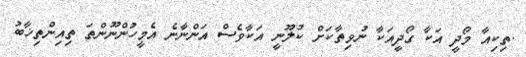
.ތިކިއާ މޯދީ އަކާ ގޯދީއަކާ ނުވިތާކަށް ކުލޫނީ އަކާވެސް އަންނާނެ އެމީހުންނޫންތަ ތިއިންތިޚާބު